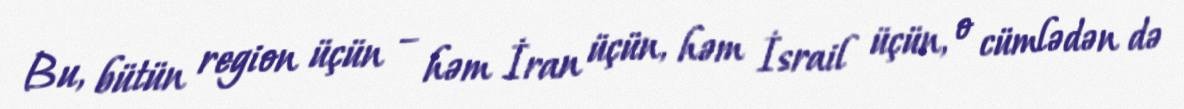
Bu, bütün region üçün – həm İran üçün, həm İsrail üçün, o cümlədən də